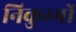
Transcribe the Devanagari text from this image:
निकुम्भों